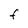
Character: F